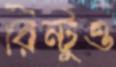
রিন্টুও